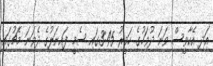
އަދި އެކާވީސް ވަނަ ދުވަހުގެ ހަވީރު 3:45ގައި ސެމީ ފައިނަލުގެ ދެވަނަ މެޗުގައި